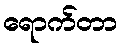
ရောက်တာ